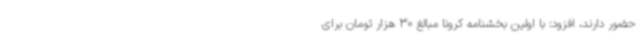
حضور دارند، افزود: با اولین بخشنامه کرونا مبالغ 30 هزار تومان برای